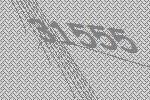
31555